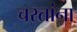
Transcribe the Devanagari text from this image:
चरतांना